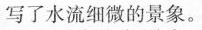
写了水流细微的景象。